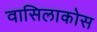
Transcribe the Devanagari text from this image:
वासिलाकोस